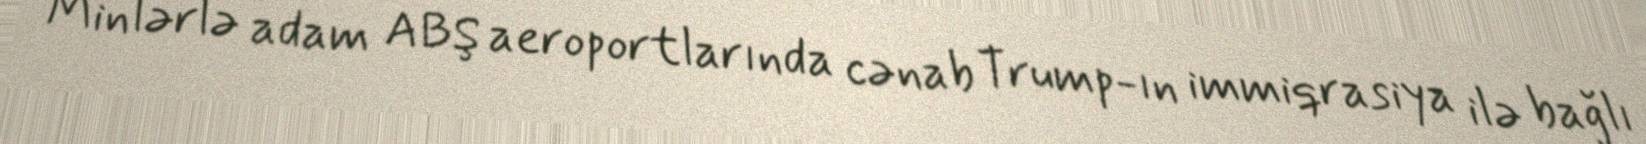
Minlərlə adam ABŞ aeroportlarında cənab Trump-ın immiqrasiya ilə bağlı